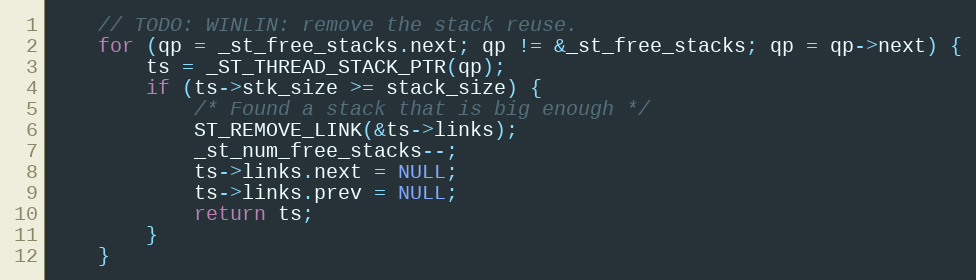
Language: C
    // TODO: WINLIN: remove the stack reuse.
    for (qp = _st_free_stacks.next; qp != &_st_free_stacks; qp = qp->next) {
        ts = _ST_THREAD_STACK_PTR(qp);
        if (ts->stk_size >= stack_size) {
            /* Found a stack that is big enough */
            ST_REMOVE_LINK(&ts->links);
            _st_num_free_stacks--;
            ts->links.next = NULL;
            ts->links.prev = NULL;
            return ts;
        }
    }